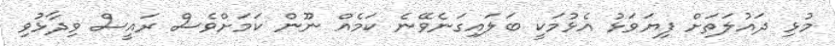
މުޅި ދައުލަތަށް ފިޔަވަޅު އެޅުމަކީ ބަލައިގަނެވޭނެ ކަމެއް ނޫން ކަމަށްވެސް ރައީސް ވިދާޅުވި